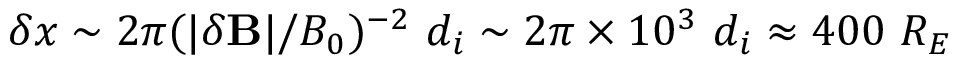
\delta x \sim 2 \pi ( | \delta \mathbf { B } | / B _ { 0 } ) ^ { - 2 } ~ d _ { i } \sim 2 \pi \times 1 0 ^ { 3 } ~ d _ { i } \approx 4 0 0 ~ R _ { E }